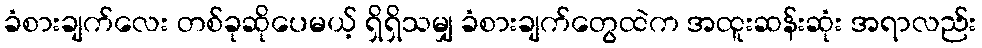
ခံစားချက်လေး တစ်ခုဆိုပေမယ့် ရှိရှိသမျှ ခံစားချက်တွေထဲက အထူးဆန်းဆုံး အရာလည်း